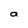
Character: a